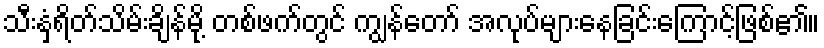
သီးနှံရိတ်သိမ်းချိန်မို့ တစ်ဖက်တွင် ကျွန်တော် အလုပ်များနေခြင်းကြောင့်ဖြစ်၏။